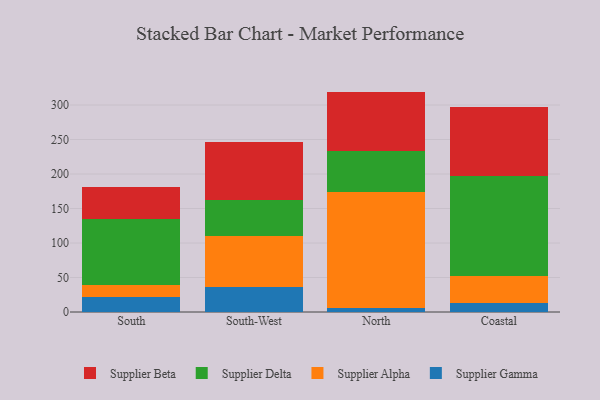
{"axis": {"x": "Region", "y": "Bounce Rate (%)"}, "legend": ["Supplier Alpha", "Supplier Beta", "Supplier Delta", "Supplier Gamma"], "data": [{"x": "South", "y": 21.6, "type": "Supplier Gamma"}, {"x": "South", "y": 17.0, "type": "Supplier Alpha"}, {"x": "South", "y": 95.9, "type": "Supplier Delta"}, {"x": "South", "y": 46.5, "type": "Supplier Beta"}, {"x": "South-West", "y": 35.8, "type": "Supplier Gamma"}, {"x": "South-West", "y": 74.2, "type": "Supplier Alpha"}, {"x": "South-West", "y": 52.6, "type": "Supplier Delta"}, {"x": "South-West", "y": 84.3, "type": "Supplier Beta"}, {"x": "North", "y": 6.0, "type": "Supplier Gamma"}, {"x": "North", "y": 167.9, "type": "Supplier Alpha"}, {"x": "North", "y": 59.3, "type": "Supplier Delta"}, {"x": "North", "y": 86.2, "type": "Supplier Beta"}, {"x": "Coastal", "y": 13.6, "type": "Supplier Gamma"}, {"x": "Coastal", "y": 38.8, "type": "Supplier Alpha"}, {"x": "Coastal", "y": 144.1, "type": "Supplier Delta"}, {"x": "Coastal", "y": 101.1, "type": "Supplier Beta"}]}